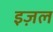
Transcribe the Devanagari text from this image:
इज़ल